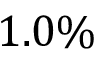
1 . 0 \%